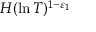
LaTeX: H ( \ln T ) ^ { 1 - \varepsilon _ { 1 } }